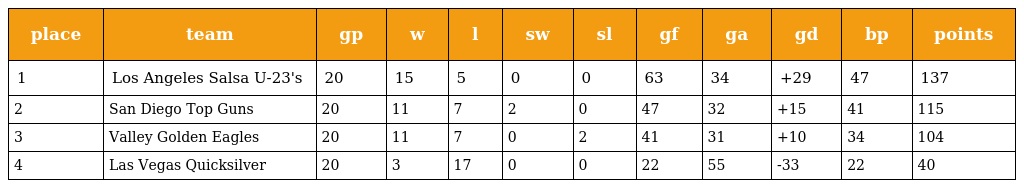
| place | team | gp | w | l | sw | sl | gf | ga | gd | bp | points |
 | --- | --- | --- | --- | --- | --- | --- | --- | --- | --- | --- | --- |
 | 1 | Los Angeles Salsa U-23's | 20 | 15 | 5 | 0 | 0 | 63 | 34 | +29 | 47 | 137 |
 | 2 | San Diego Top Guns | 20 | 11 | 7 | 2 | 0 | 47 | 32 | +15 | 41 | 115 |
 | 3 | Valley Golden Eagles | 20 | 11 | 7 | 0 | 2 | 41 | 31 | +10 | 34 | 104 |
 | 4 | Las Vegas Quicksilver | 20 | 3 | 17 | 0 | 0 | 22 | 55 | -33 | 22 | 40 |